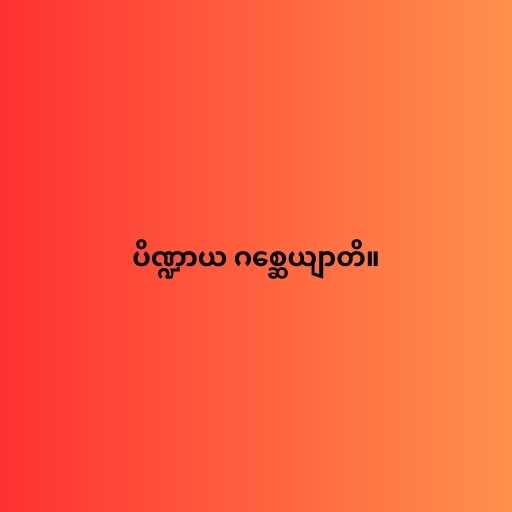
ပိဏ္ဍာယ ဂစ္ဆေယျာတိ။